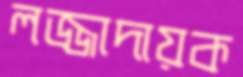
লজ্জাদায়ক